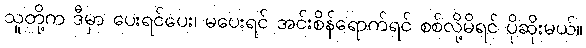
သူတို့က ဒီမှာ ပေးရင်ပေး၊ မပေးရင် အင်းစိန်ရောက်ရင် စစ်လို့မိရင် ပိုဆိုးမယ်။